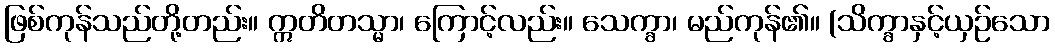
ဖြစ်ကုန်သည်တို့တည်း။ ဣတိတသ္မာ၊ ကြောင့်လည်း။ သေက္ခာ၊ မည်ကုန်၏။ (သိက္ခာနှင့်ယှဉ်သော